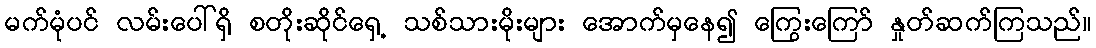
မက်မုံပင် လမ်းပေါ်ရှိ စတိုးဆိုင်ရှေ့ သစ်သားမိုးများ အောက်မှနေ၍ ကြွေးကြော် နှုတ်ဆက်ကြသည်။